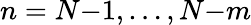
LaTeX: n=N{-}1,\ldots,N{-}m